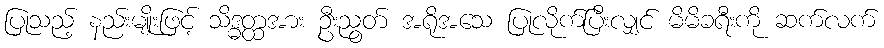
ပြုသည့် နည်းမျိုးဖြင့် သိဒ္ဓတ္ထအား ဦးညွတ် အရိုအသေ ပြုလိုက်ပြီးလျှင် မိမိခရီးကို ဆက်လက်